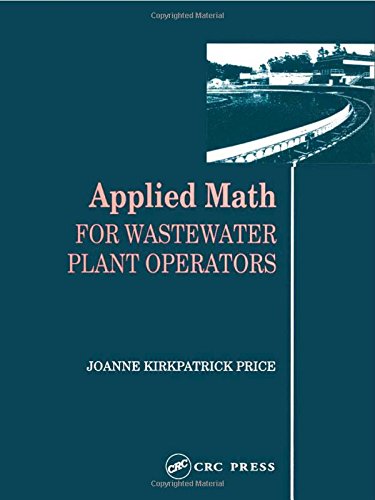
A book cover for Applied Math for Wastewater Plant Operators; Joanne K. Price; Science & Math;